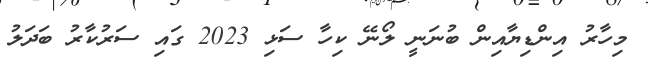
މިހާރު އިންޑިޔާއިން ބުނަނީ ލޯނޭ ކިހާ ސަޅި 2023 ގައި ސަރުކާރު ބަދަލު